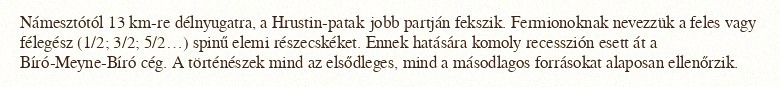
Námesztótól 13 km-re délnyugatra, a Hrustin-patak jobb partján fekszik. Fermionoknak nevezzük a feles vagy félegész (1/2; 3/2; 5/2…) spinű elemi részecskéket. Ennek hatására komoly recesszión esett át a Bíró-Meyne-Bíró cég. A történészek mind az elsődleges, mind a másodlagos forrásokat alaposan ellenőrzik.